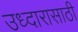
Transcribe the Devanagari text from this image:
उध्दारासाठी